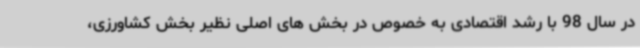
در سال 98 با رشد اقتصادی به خصوص در بخش های اصلی نظیر بخش کشاورزی،